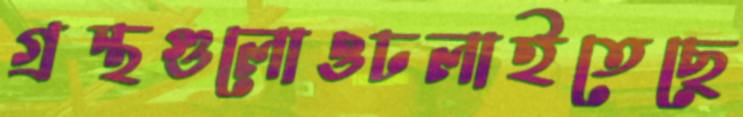
গ্রন্থগুলোওঢলাইতেছে